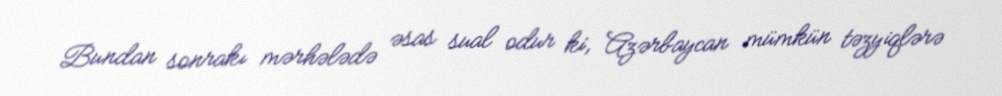
Bundan sonrakı mərhələdə əsas sual odur ki, Azərbaycan mümkün təzyiqlərə